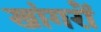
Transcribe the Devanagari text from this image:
खांगरों